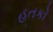
હતકો